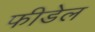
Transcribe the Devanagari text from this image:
फीडेल